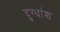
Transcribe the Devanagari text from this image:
दुग्धांश